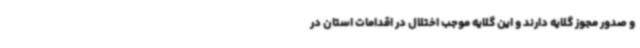
و صدور مجوز گلایه دارند و این گلایه موجب اختلال در اقدامات استان در